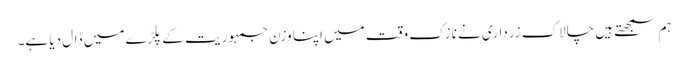
ہم سمجھتے ہیں چالاک زرداری نے نازک وقت میں اپنا وزن جمہوریت کے پلڑے میں ڈال دیا ہے۔